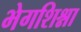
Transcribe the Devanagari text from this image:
भेगशिश्ना